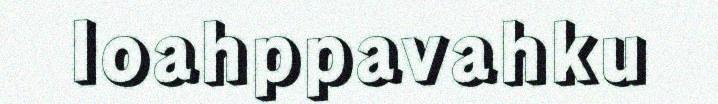
loahppavahku